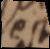
est